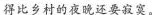
得比乡村的夜晚还要寂寞。